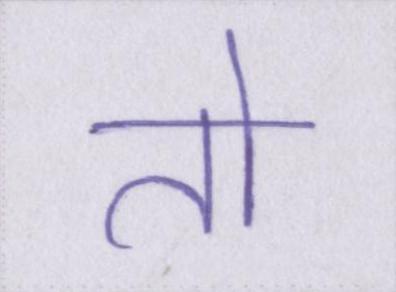
तो